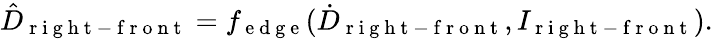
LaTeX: \hat{D}_{\mathrm{~r~i~g~h~t~-~f~r~o~n~t~}}=f_{\mathrm{~e~d~g~e~}}(\dot{D}_{\mathrm{~r~i~g~h~t~-~f~r~o~n~t~}},I_{\mathrm{~r~i~g~h~t~-~f~r~o~n~t~}}).